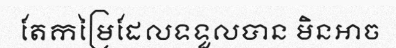
តែកម្រៃដែលទទួលបាន មិនអាច